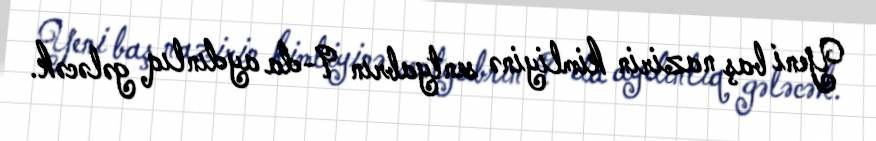
Yeni baş nazirin kimliyinə sentyabrın 9-da aydınlıq gələcək.